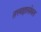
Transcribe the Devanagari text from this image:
तत्त्वज्ञासोबत